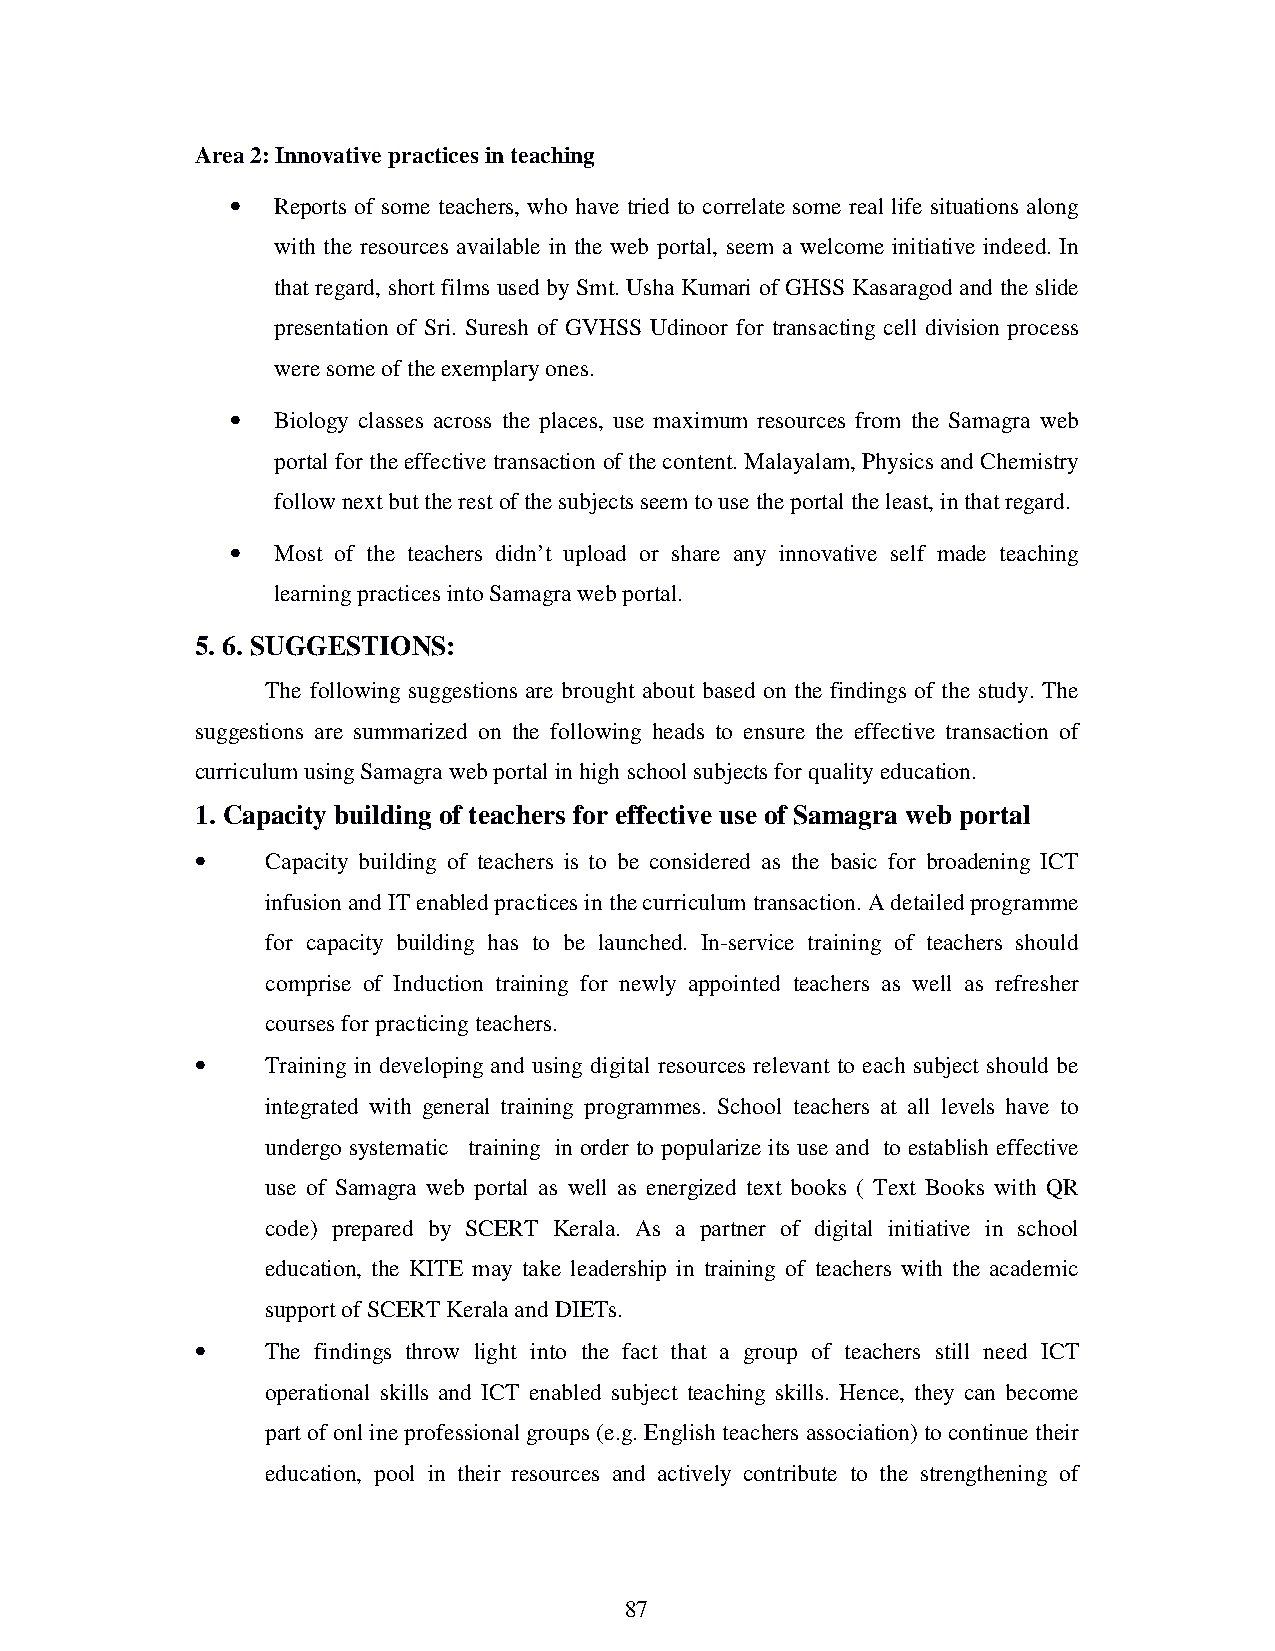
Area 2: Innovative practices in teaching
 •  Reports of some teachers, who have tried to correlate some real life situations along
 with the resources available in the web portal, seem a welcome initiative indeed. In
 that regard, short films used by Smt. Usha Kumari of GHSS Kasaragod and the slide
 presentation of Sri. Suresh of GVHSS Udinoor for transacting cell division process
 were some of the exemplary ones.
 •  Biology classes across the places, use maximum resources from the Samagra web
 portal for the effective transaction of the content. Malayalam, Physics and Chemistry
 follow next but the rest of the subjects seem to use the portal the least, in that regard.
 •  Most of the teachers didn’t upload or share any innovative self made teaching
 learning practices into Samagra web portal.
 5. 6. SUGGESTIONS:
 The following suggestions are brought about based on the findings of the study. The
 suggestions are summarized on the following heads to ensure the effective transaction of
 curriculum using Samagra web portal in high school subjects for quality education.
 1. Capacity building of teachers for effective use of Samagra web portal
 •    Capacity building of teachers is to be considered as the basic for broadening ICT
 infusion and IT enabled practices in the curriculum transaction. A detailed programme
 for capacity building has to be launched. In-service training of teachers should
 comprise of Induction training for newly appointed teachers as well as refresher
 courses for practicing teachers.
 •    Training in developing and using digital resources relevant to each subject should be
 integrated with general training programmes. School teachers at all levels have to
 undergo systematic training in order to popularize its use and to establish effective
 use of Samagra web portal as well as energized text books ( Text Books with QR
 code) prepared by SCERT Kerala. As a partner of digital initiative in school
 education, the KITE may take leadership in training of teachers with the academic
 support of SCERT Kerala and DIETs.
 •    The findings throw light into the fact that a group of teachers still need ICT
 operational skills and ICT enabled subject teaching skills. Hence, they can become
 part of onl ine professional groups (e.g. English teachers association) to continue their
 education, pool in their resources and actively contribute to the strengthening of
 87